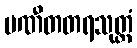
ပဏီတတရသုတ္တံ